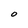
Character: O